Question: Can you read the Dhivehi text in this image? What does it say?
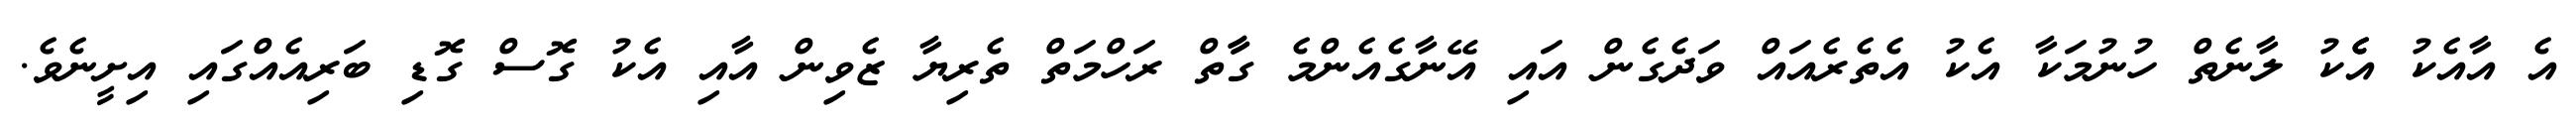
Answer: އެ އާއެކު އެެކު ލާނެތް ހުނުމަކާ އެކު އެތެރެއައް ވަދެގެން އައި އޭނާގެއެންމެ ގާާތް ރަހްމަތް ތެރިޔާ ޒެވިން އާއި އެކު ގޮސް ގޮޑި ބަރިއެއްގައި އިށީނެވެ.